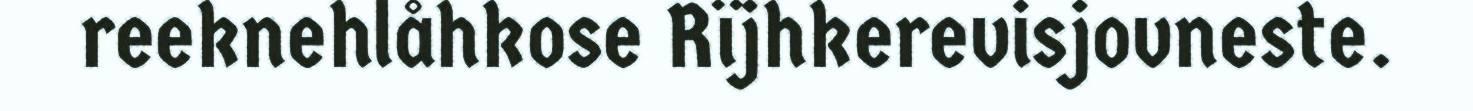
reeknehlåhkose Rïjhkerevisjovneste.